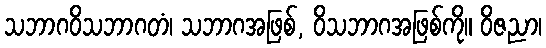
သဘာဂဝိသဘာဂတံ၊ သဘာဂအဖြစ်, ဝိသဘာဂအဖြစ်ကို။ ဝိဇညာ၊